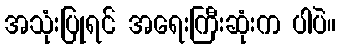
အသုံးပြုရင် အရေးကြီးဆုံးက ပါပဲ။